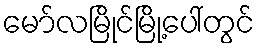
မော်လမြိုင်မြို့ပေါ်တွင်